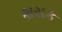
શસક